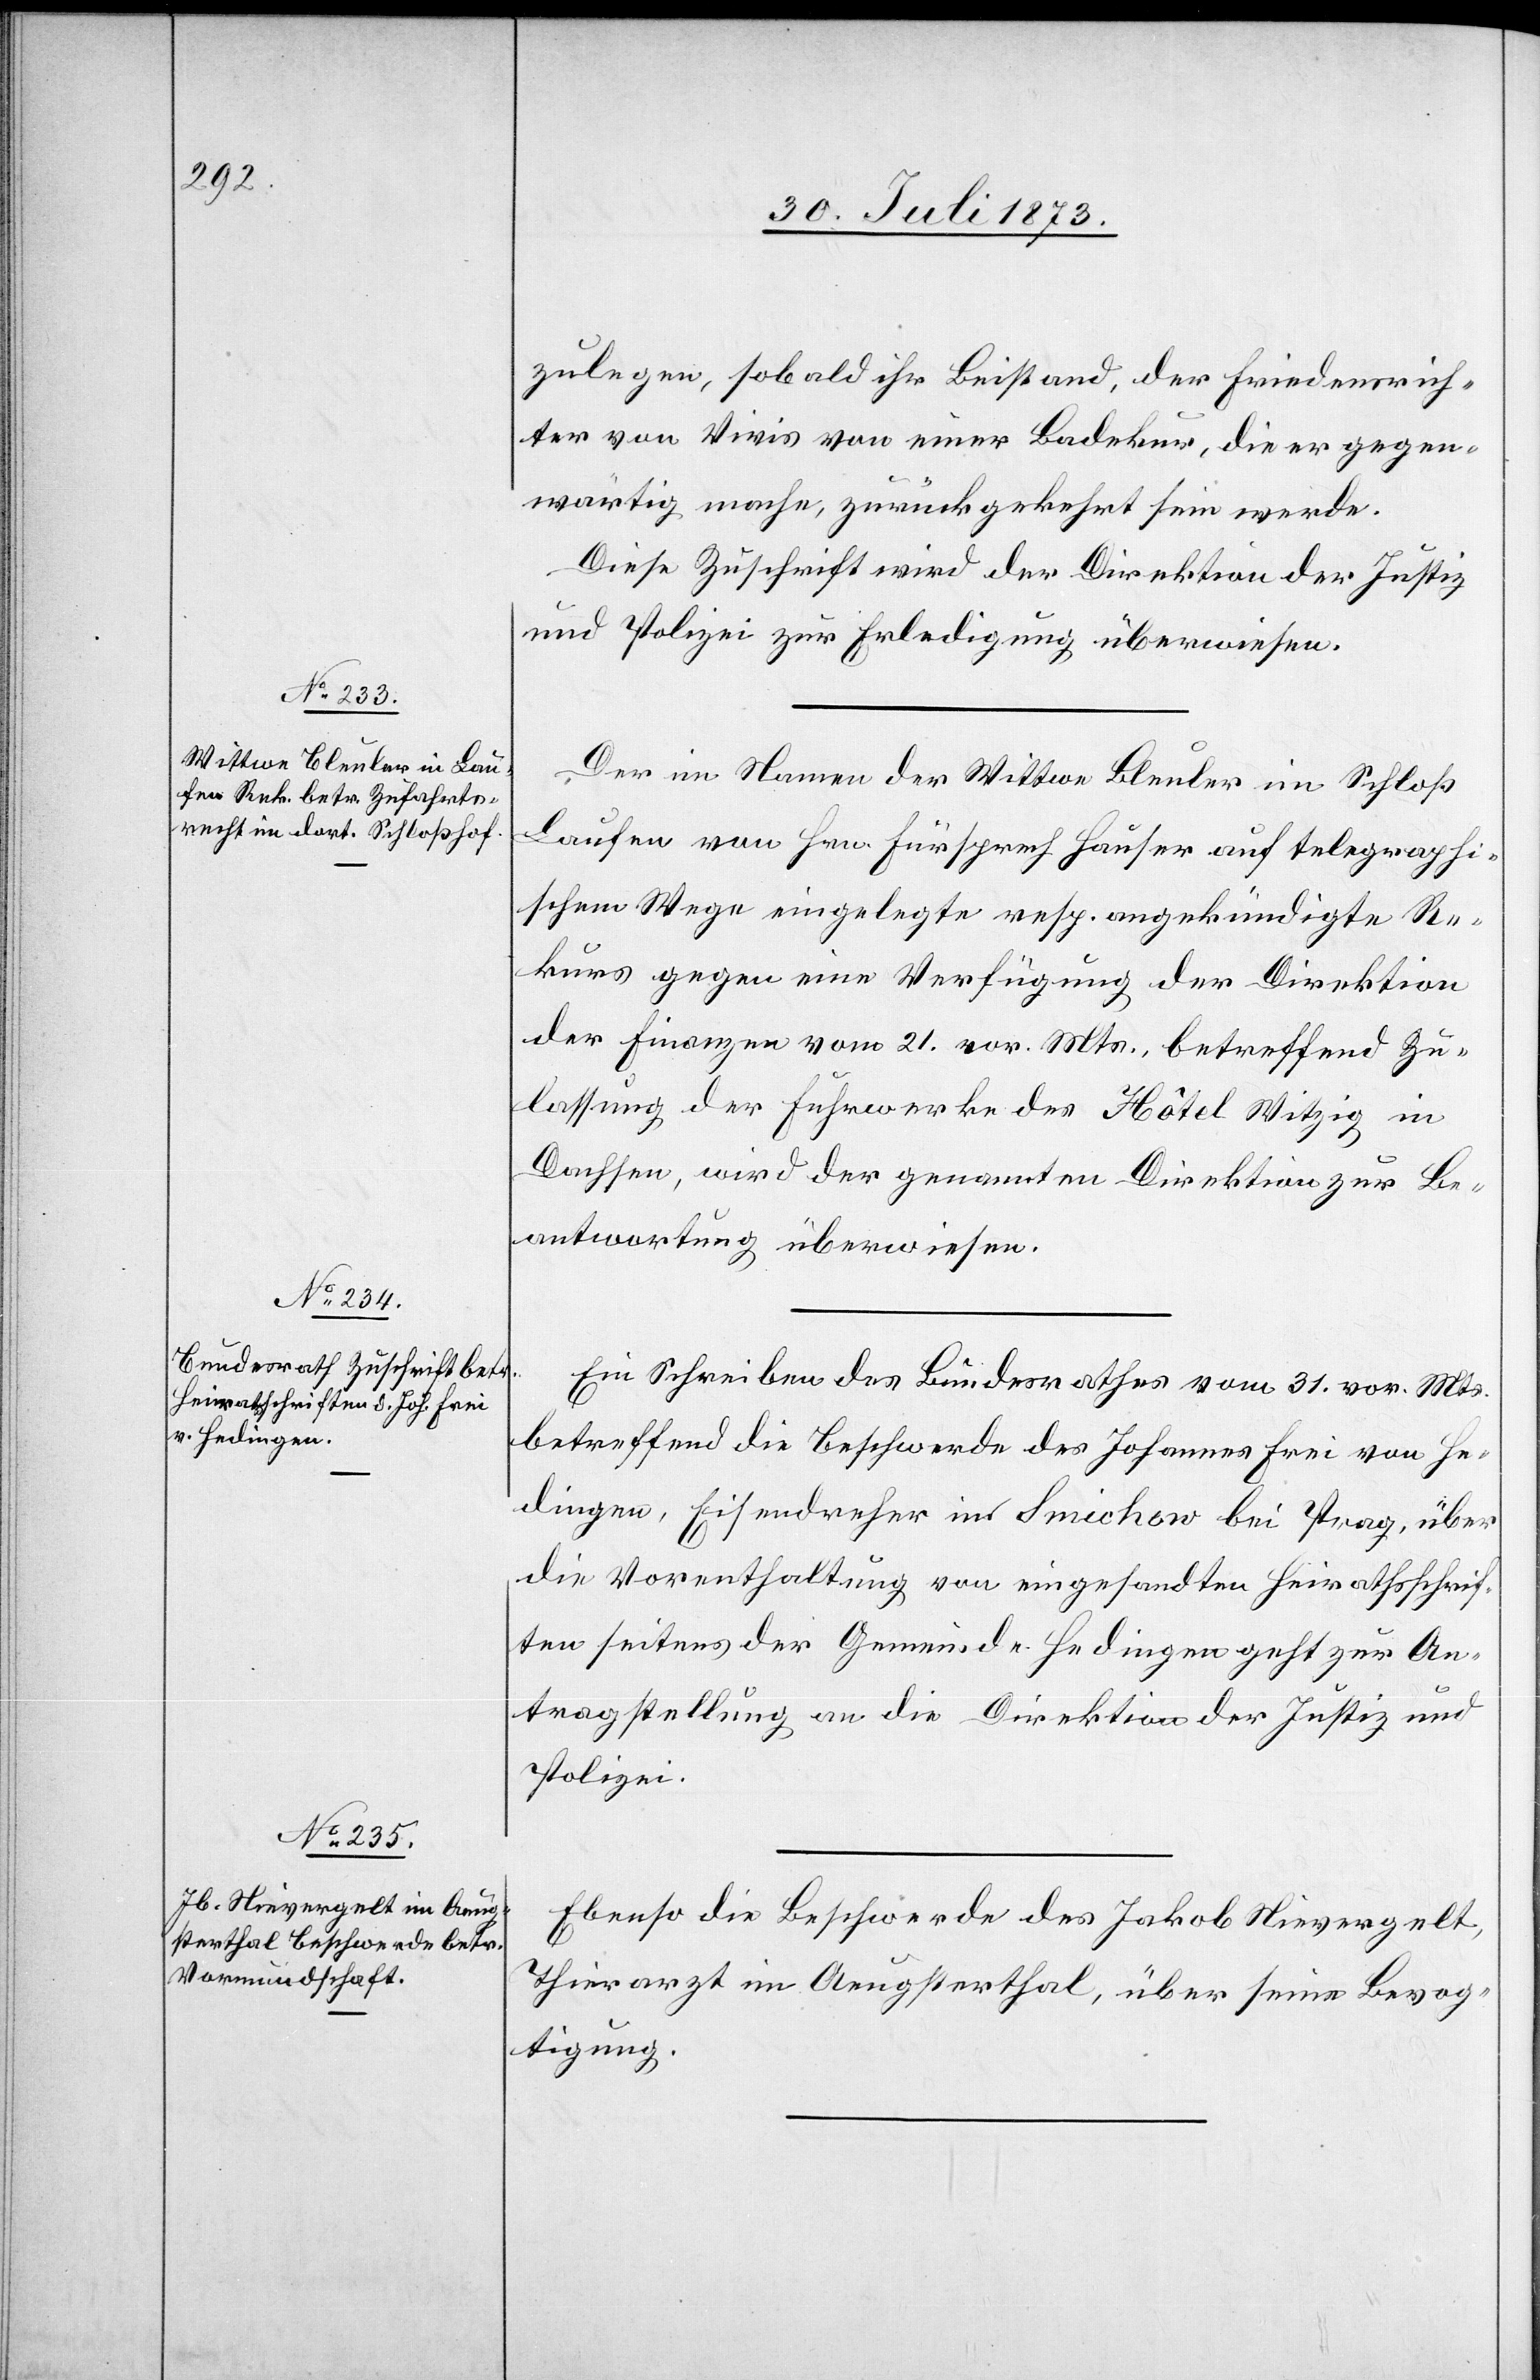
zulegen, sobald ihr Beistand, der Friedensrich¬
ter von Vivis von einer Badekur, die er gegen¬
wärtig mache, zurückgekehrt sein werde.
Diese Zuschrift wird der Direktion der Justiz
und Polizei zur Erledigung überwiesen.
Der im Namen der Wittwe Bleuler im Schloß
Laufen von Hrn. Fürsprech Hauser auf telegraphi¬
schem Wege eingelegte resp. angekündigte Re¬
kurs gegen eine Verfügung der Direktion
der Finanzen vom 21. vor. Mts., betreffend Zu¬
lassung der Furhwerke des Hôtel Witzig in
Dachsen, wird der genannten Direktion zur Be¬
antwortung überwiesen.
Ein Schreiben des Bundesrathes vom 31. vor. Mts.
betreffend die Beschwerde des Johannes Frei von He¬
dingen, Eisendreher in Smichow bei Prag, über
die Vorenthaltung von eingesandten Heirathsschrif¬
ten seitens der Gemeinde Hedingen geht zur An¬
tragstellung an die Direktion der Justiz und
Polizei.
Ebenso die Beschwerde des Jakob Nievergelt,
Thierarzt im Aeugsterthal, über seine Bevog¬
tigung.